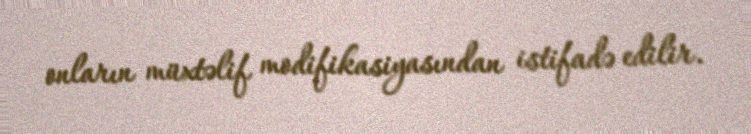
onların müxtəlif modifikasiyasından istifadə edilir.